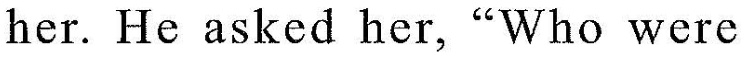
her. He asked her,"Who were